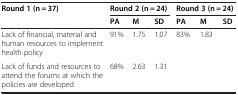
<table><thead><tr><td rowspan="2"><b>Round 1 (n = 37)</b></td><td colspan="3"><b>Round 2 (n = 24)</b></td><td colspan="3"><b>Round 3 (n = 24)</b></td></tr><tr><td><b>PA</b></td><td><b>M</b></td><td><b>SD</b></td><td><b>PA</b></td><td><b>M</b></td><td><b>SD</b></td></tr></thead><tbody><tr><td>Lack of financial, material and human resources to implement health policy</td><td>91%</td><td>1.75</td><td>1.07</td><td>83%</td><td>1.83</td><td> </td></tr><tr><td>Lack of funds and resources to attend the forums at which the policies are developed</td><td>68%</td><td>2.63</td><td>1.31</td><td colspan="3"> </td></tr></tbody></table>